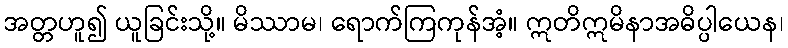
အတ္တဟူ၍ ယူခြင်းသို့။ မိဿာမ၊ ရောက်ကြကုန်အံ့။ ဣတိဣမိနာအဓိပ္ပါယေန၊